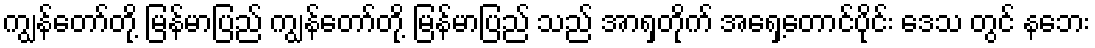
ကျွန်တော်တို့ မြန်မာပြည် ကျွန်တော်တို့ မြန်မာပြည် သည် အာရှတိုက် အရှေ့တောင်ပိုင်း ဒေသ တွင် နဘေး